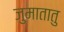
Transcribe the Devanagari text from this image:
जुमातातु